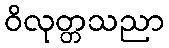
ဝိလုတ္တသညာ